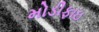
મોડીફાઇ